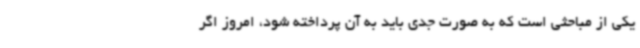
یکی از مباحثی است که به صورت جدی باید به آن پرداخته شود، امروز اگر